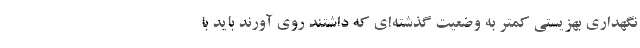
نگهداری بهزیستی کمتر به وضعیت گذشته‌ای که داشتند روی آورند باید با